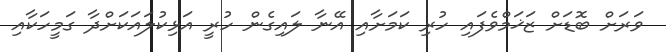
ވަރަށް ބޮޑަށް ޒަޚަމްވެފައި ހުރި ކަމަށާއި އޭނާ ލައިގެން ހުރީ އަޅިކުލައަަކަށްދާ ގަމީހަކާއި